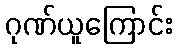
ဂုဏ်ယူကြောင်း